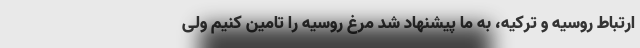
ارتباط روسیه و ترکیه، به ما پیشنهاد شد مرغ روسیه را تامین کنیم ولی